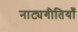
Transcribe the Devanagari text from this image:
नाट्यगीतियाँ